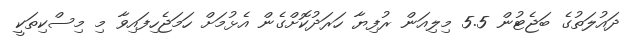
ދައުލަތުގެ ބަޖެޓުން 5.5 މިލިއަން ރުފިޔާ ހަރަދުކޮށްގެން އެޅުމަށް ހަމަޖެހިފައިވާ މި މިސްކިތަކީ